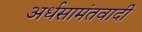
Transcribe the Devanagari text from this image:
अर्धसामंतवादी